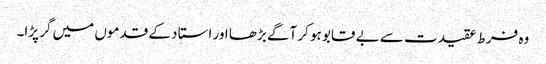
وہ فرط عقیدت سے بے قابو ہو کر آگے بڑھا اور استا د کے قدموں میں گر پڑا۔